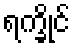
ရက္ခိုင်